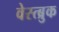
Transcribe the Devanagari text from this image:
वेस्त्ब्रुक